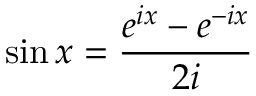
\sin x = { \frac { e ^ { i x } - e ^ { - i x } } { 2 i } }